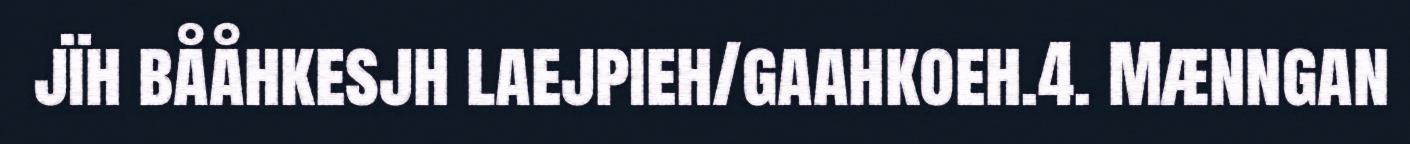
jïh bååhkesjh laejpieh/gaahkoeh.4. Mænngan